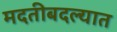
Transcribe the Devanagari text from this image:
मदतीबदल्यात